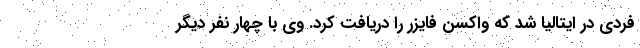
فردی در ایتالیا شد که واکسن فایزر را دریافت کرد. وی با چهار نفر دیگر